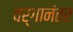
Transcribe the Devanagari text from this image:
वर्गानंतर